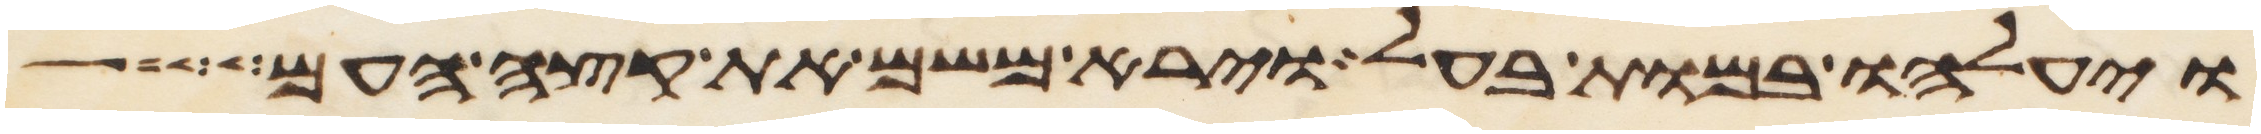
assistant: ויעלהו במות בעל וירא משם את קצה העם